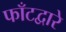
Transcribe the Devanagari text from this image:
फाँटद्वारे